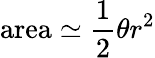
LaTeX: {\mathrm{area}}\simeq{\frac{1}{2}}\theta r^{2}